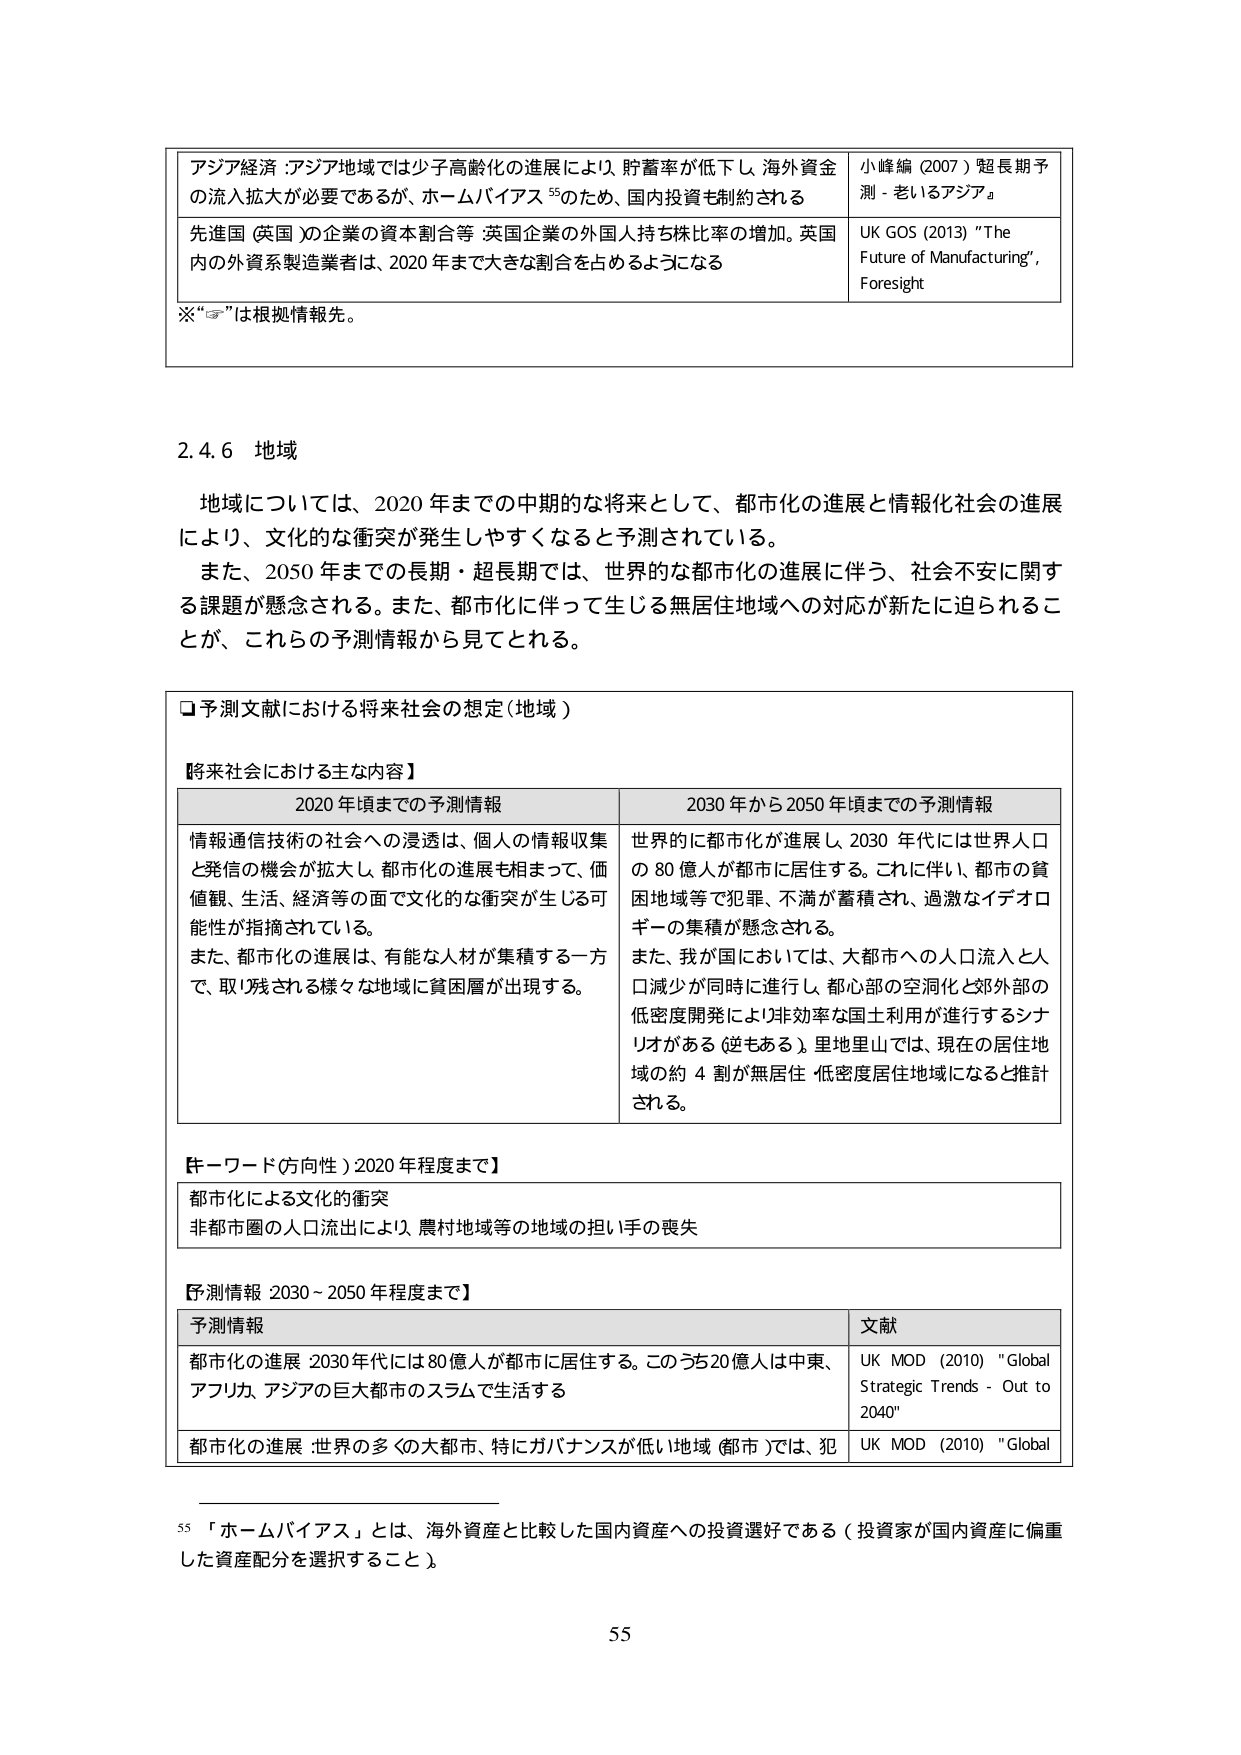
アジア経済：アジア地域では少子高齢化の進展により、貯蓄率が低下し、海外資金の流入拡大が必要であるが、ホームバイアス⁵⁵のため、国内投資も制約される

先進国（英国）の企業の資本割合等：英国企業の外国人持ち株比率の増加。英国内の外資系製造業者は、2020年までに大きな割合を占めるようになる

※“☞”は根拠情報先。

小峰編（2007）「超長期予測－老いるアジア」

UK GOS（2013）"The Future of Manufacturing", Foresight

2.4.6 地域

地域については、2020年までの中期的な将来として、都市化の進展と情報化社会の進展により、文化的な衝突が発生しやすくなると予測されている。

また、2050年までの長期・超長期では、世界的な都市化の進展に伴う、社会不安に関する課題が懸念される。また、都市化に伴って生じる無居住地域への対応が新たに迫られることが、これらの予測情報から見てとれる。

□予測文献における将来社会の想定（地域）

【将来社会における主な内容】

2020年頃までの予測情報

情報通信技術の社会への浸透は、個人の情報収集と発信の機会が拡大し、都市化の進展も相まって、価値観、生活、経済等の面で文化的な衝突が生じる可能性が指摘されている。

また、都市化の進展は、有能な人材が集積する一方で、取り残される様々な地域に貧困層が出現する。

2030年から2050年頃までの予測情報

世界的に都市化が進展し、2030年代には世界人口の80億人が都市に居住する。これに伴い、都市の貧困地域等で犯罪、不満が蓄積され、過激なイデオロギーの集積が懸念される。

また、我が国においては、大都市への人口流入と人口減少が同時に進行し、都心部の空洞化と郊外部の低密度開発により非効率な国土利用が進行するシナリオがある（逆もある）。里地里山では、現在の居住地域の約4割が無居住・低密度居住地域になると推計される。

【キーワード（方向性）2020年程度まで】

都市化による文化的衝突

非都市圏の人口流出により、農村地域等の地域の担い手の喪失

【予測情報 2030～2050年程度まで】

予測情報

都市化の進展：2030年代には80億人が都市に居住する。このうち20億人は中東、アフリカ、アジアの巨大都市のスラムで生活する

都市化の進展：世界の多くの大都市、特にガバナンスが低い地域（都市）では、犯

文献

UK MOD（2010）"Global Strategic Trends - Out to 2040"

UK MOD（2010）"Global

⁵⁵「ホームバイアス」とは、海外資産と比較した国内資産への投資選好である（投資家が国内資産に偏重した資産配分を選択すること）。

55